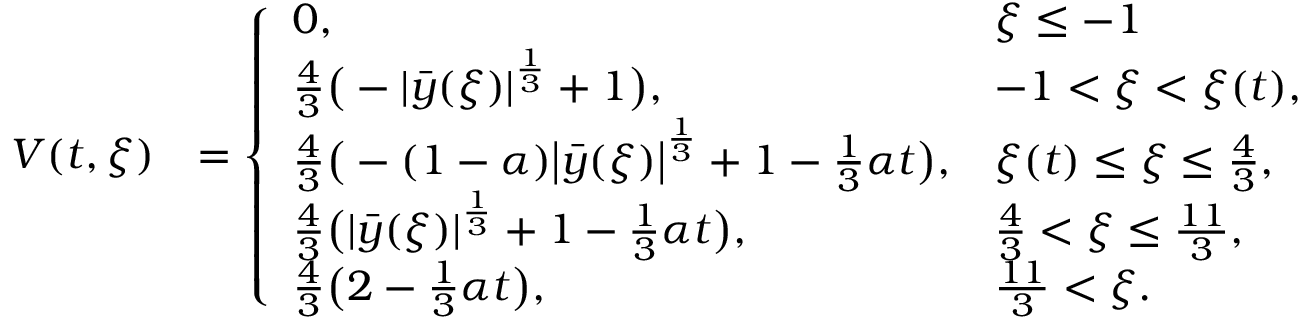
\begin{array} { r l } { V ( t , \xi ) } & { = \left\{ \begin{array} { l l } { 0 , } & { \xi \leq - 1 } \\ { \frac { 4 } { 3 } \big ( - | \bar { y } ( \xi ) | ^ { \frac { 1 } { 3 } } + 1 \big ) , } & { - 1 < \xi < \xi ( t ) , } \\ { \frac { 4 } { 3 } \big ( - ( 1 - \alpha ) \bigl | \bar { y } ( \xi ) \bigr | ^ { \frac { 1 } { 3 } } + 1 - \frac { 1 } { 3 } \alpha t \big ) , } & { \xi ( t ) \leq \xi \leq \frac { 4 } { 3 } , } \\ { \frac { 4 } { 3 } \big ( | \bar { y } ( \xi ) | ^ { \frac { 1 } { 3 } } + 1 - \frac { 1 } { 3 } \alpha t \big ) , } & { \frac { 4 } { 3 } < \xi \leq \frac { 1 1 } { 3 } , } \\ { \frac { 4 } { 3 } \big ( 2 - \frac { 1 } { 3 } \alpha t \big ) , } & { \frac { 1 1 } { 3 } < \xi . } \end{array} \right. } \end{array}